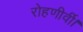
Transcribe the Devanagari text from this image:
रोहणीर्वी।